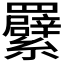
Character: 𦍁